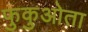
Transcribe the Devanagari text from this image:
फुकुओता